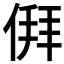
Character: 𬾳